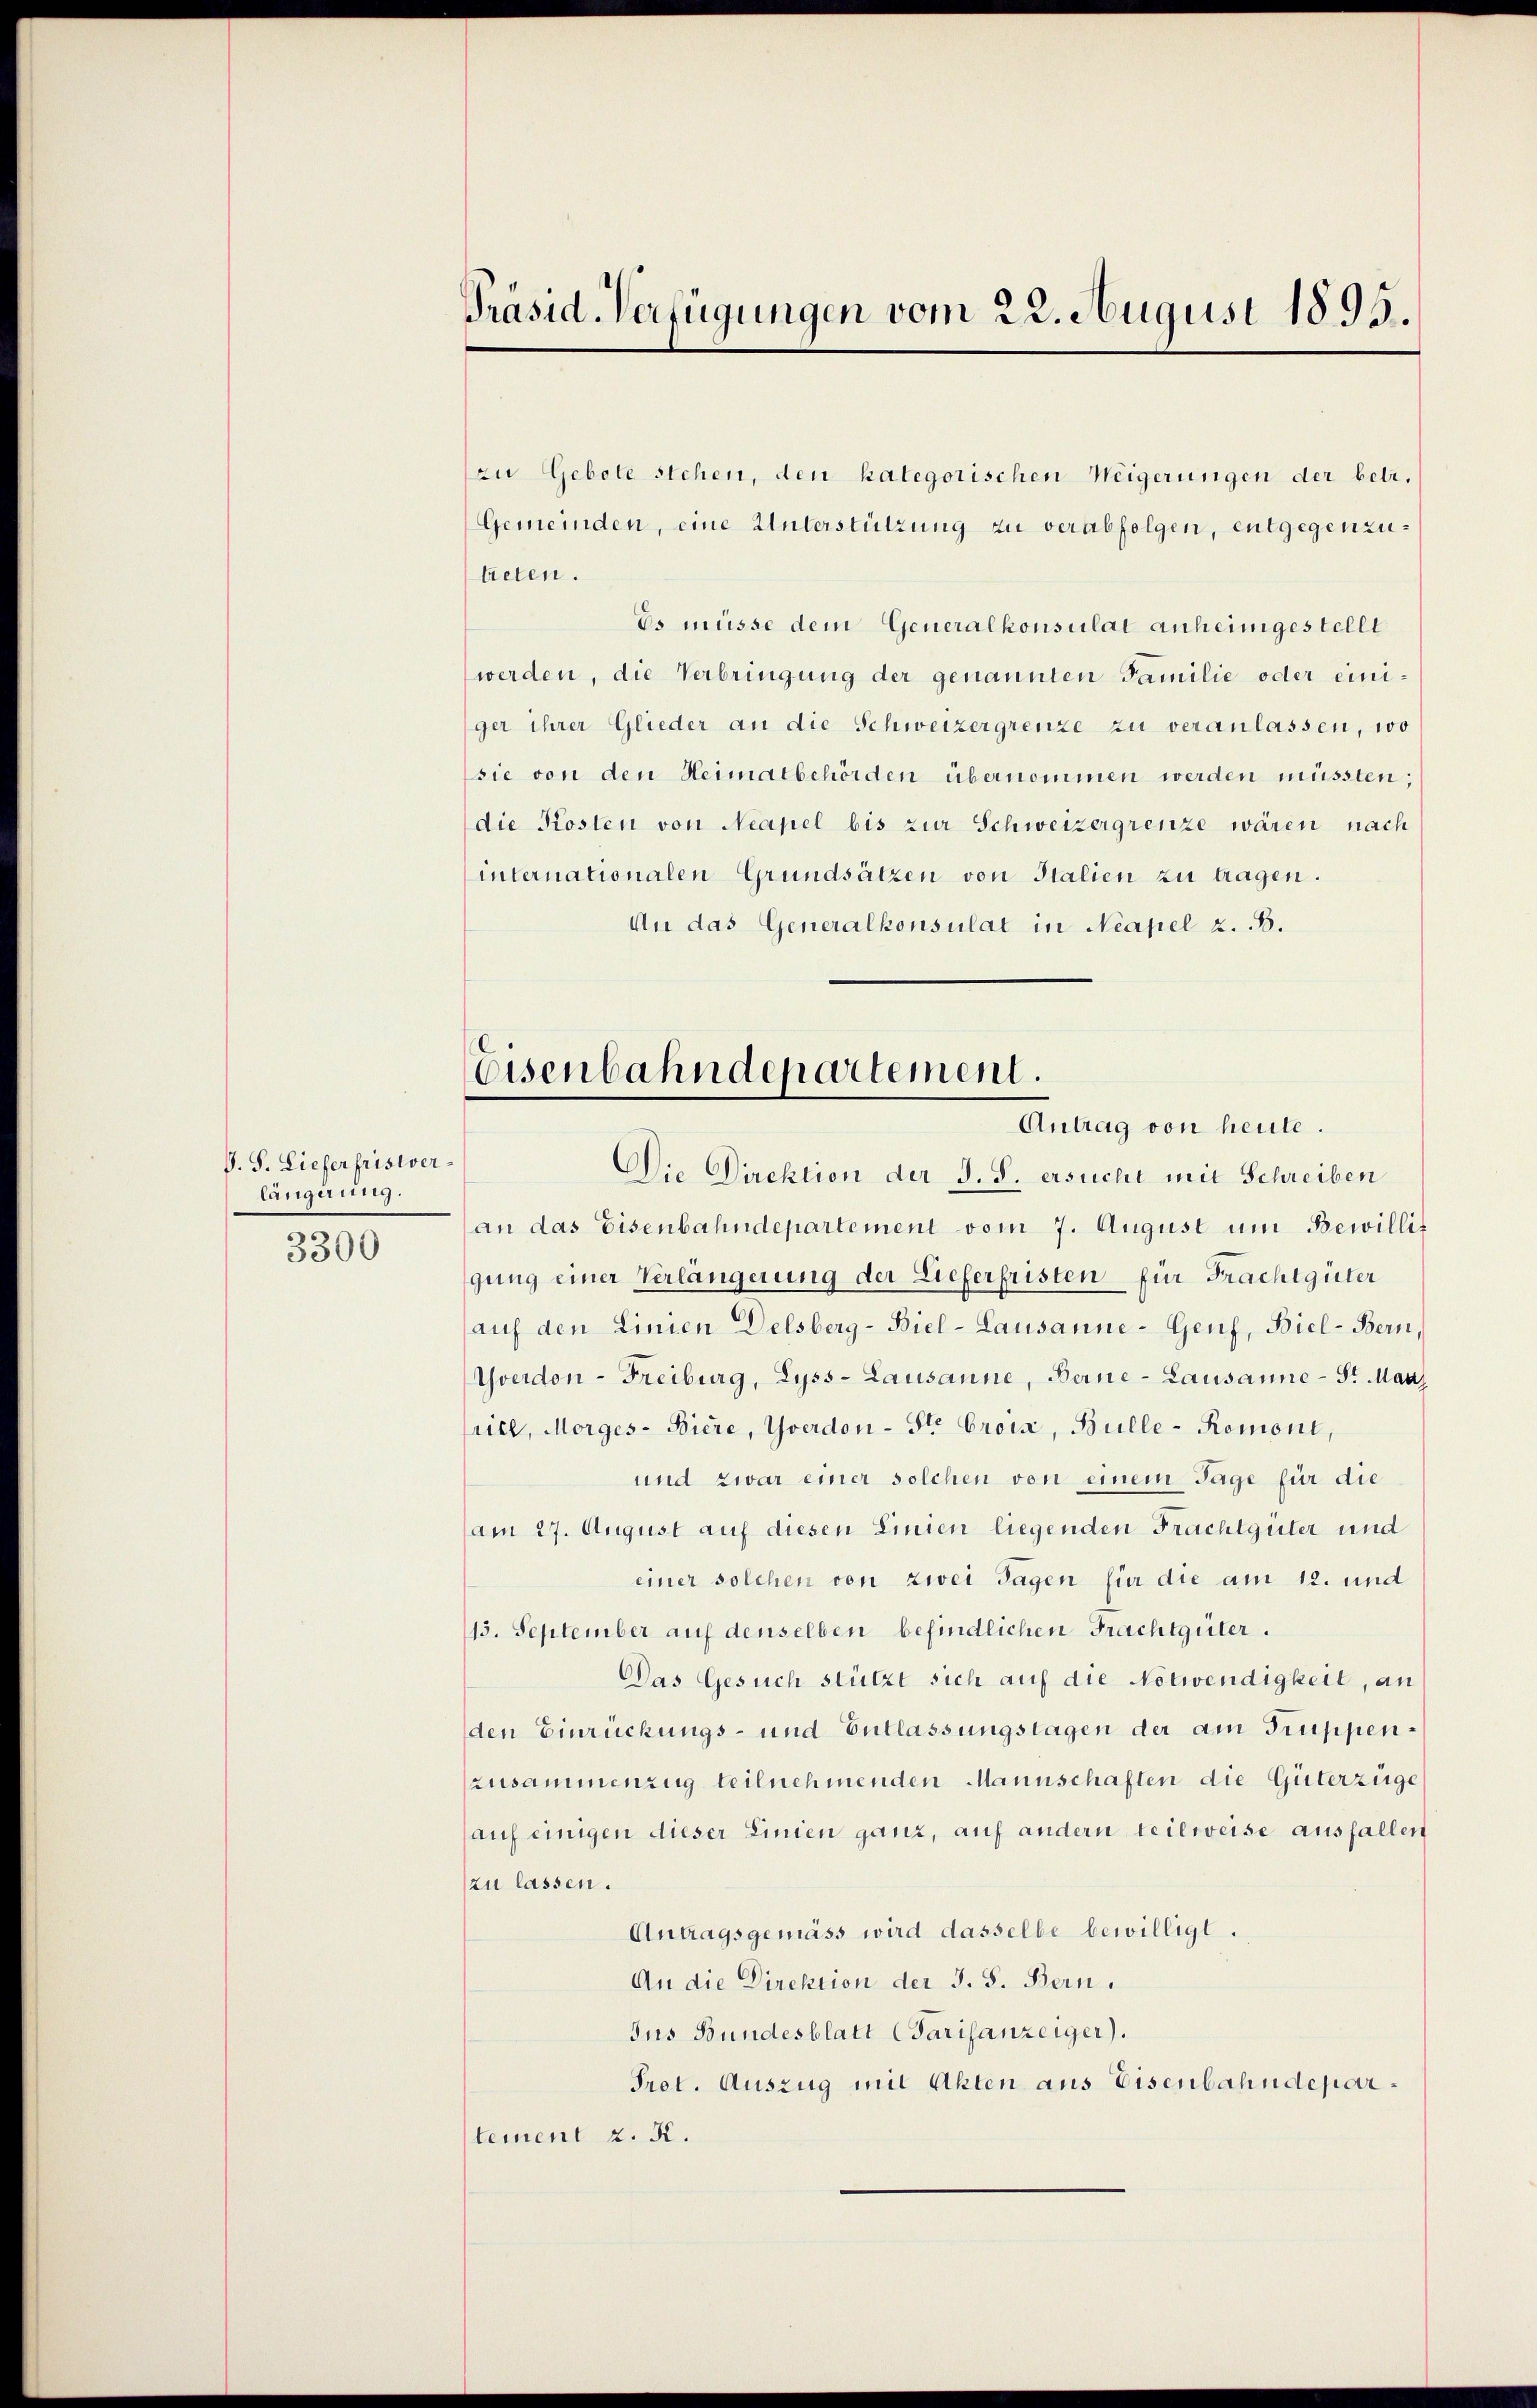
P. S. Liefer fristverlängerung.
3300

zu Gebote stehen, den kategorischen Weigerungen der betr.
Gemeinden, eine Unterstützung zu verabfolgen, entgegenzubieten.
Es müsse dem Generalkonsulat anheimgestellt
werden, die Verbringung der genannten Familie oder einiger ihrer Glieder an die Schweizergrenze zu veranlassen, wo
sie von den Heimatbehörden übernommen werden müssten;
die Kosten von Neapel bis zur Schweizergrenze wären nach
internationalen Grundsätzen von Italien zu tragen.
An das Generalkonsulat in Neapel z. B.

Präsid-Verfügungen vom 22. August 1893.

Eisenbahndepartement.
Antrag von heute.

Die Direktion der J. J. ersucht mit Schreiben
(an das Eisenbahndepartement vom 7. August um Bewillis
gung einer Verlängerung der Lieferfristen für Frachtgüter
(auf den Linien Delsberg-Biel-Lausanne-Genf, Biel-Bern,
Yverdon-Freiburg, Lyss-Lausanne, Berne-Lausanne - Fr Man
ritt, Morges-Biere, Yverdon - St. Croix, Bulle-Remont,
und zwar einer solchen von einem Tage für die
(am 27. August auf diesen Linien liegenden Frachtgüter und
einer solchen von zwei Tagen für die am 12. und
13. September auf denselben befindlichen Frachtgüter.
Das Gesuch stützt sich auf die Notwendigkeit, an
den Einrückungs- und Entlassungstagen der am Truppenzusammenzug teilnehmenden Mannschaften die Güterzüge
auf einigen dieser Linien ganz, auf andern teilweise ausfallen
zu lassen.
Antragsgemäss wird dasselbe bewilligt.
An die Direktion der J. S. Bern.
Jus Bundesblatt Carisanzeiger).
Prot. Auszug mit Akten aus Eisenbahndepartement z. K.